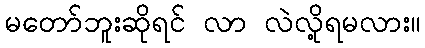
မတော်ဘူးဆိုရင် လာ လဲလို့ရမလား။